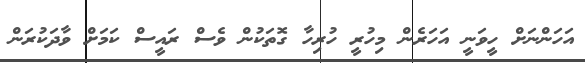
އަހަންނަށް ހީވަނީ އަހަރެން މިހުރީ ހުރިހާ ގޮތަކުން ވެސް ރައީސް ކަމަށް ވާދަކުރަން